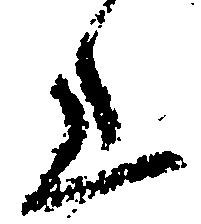
上